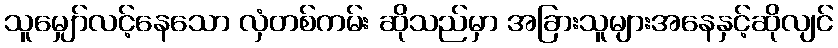
သူမျှော်လင့်နေသော လှံတစ်ကမ်း ဆိုသည်မှာ အခြားသူများအနေနှင့်ဆိုလျင်